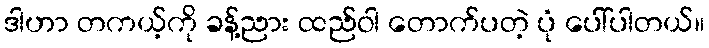
ဒါဟာ တကယ့်ကို ခန့်ညား ထည်ဝါ တောက်ပတဲ့ ပုံ ပေါ်ပါတယ်။